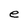
Character: e